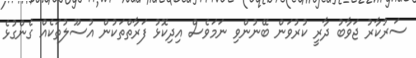
ސަރުކާރު ޖަވާބު ދާރީ ކުރުވަން ބޭނުންވި ނަމަވެސް އިދިކޮޅު ފަރާތްތަކުން އުސޫލުތަކެއް ގެންގުޅެ